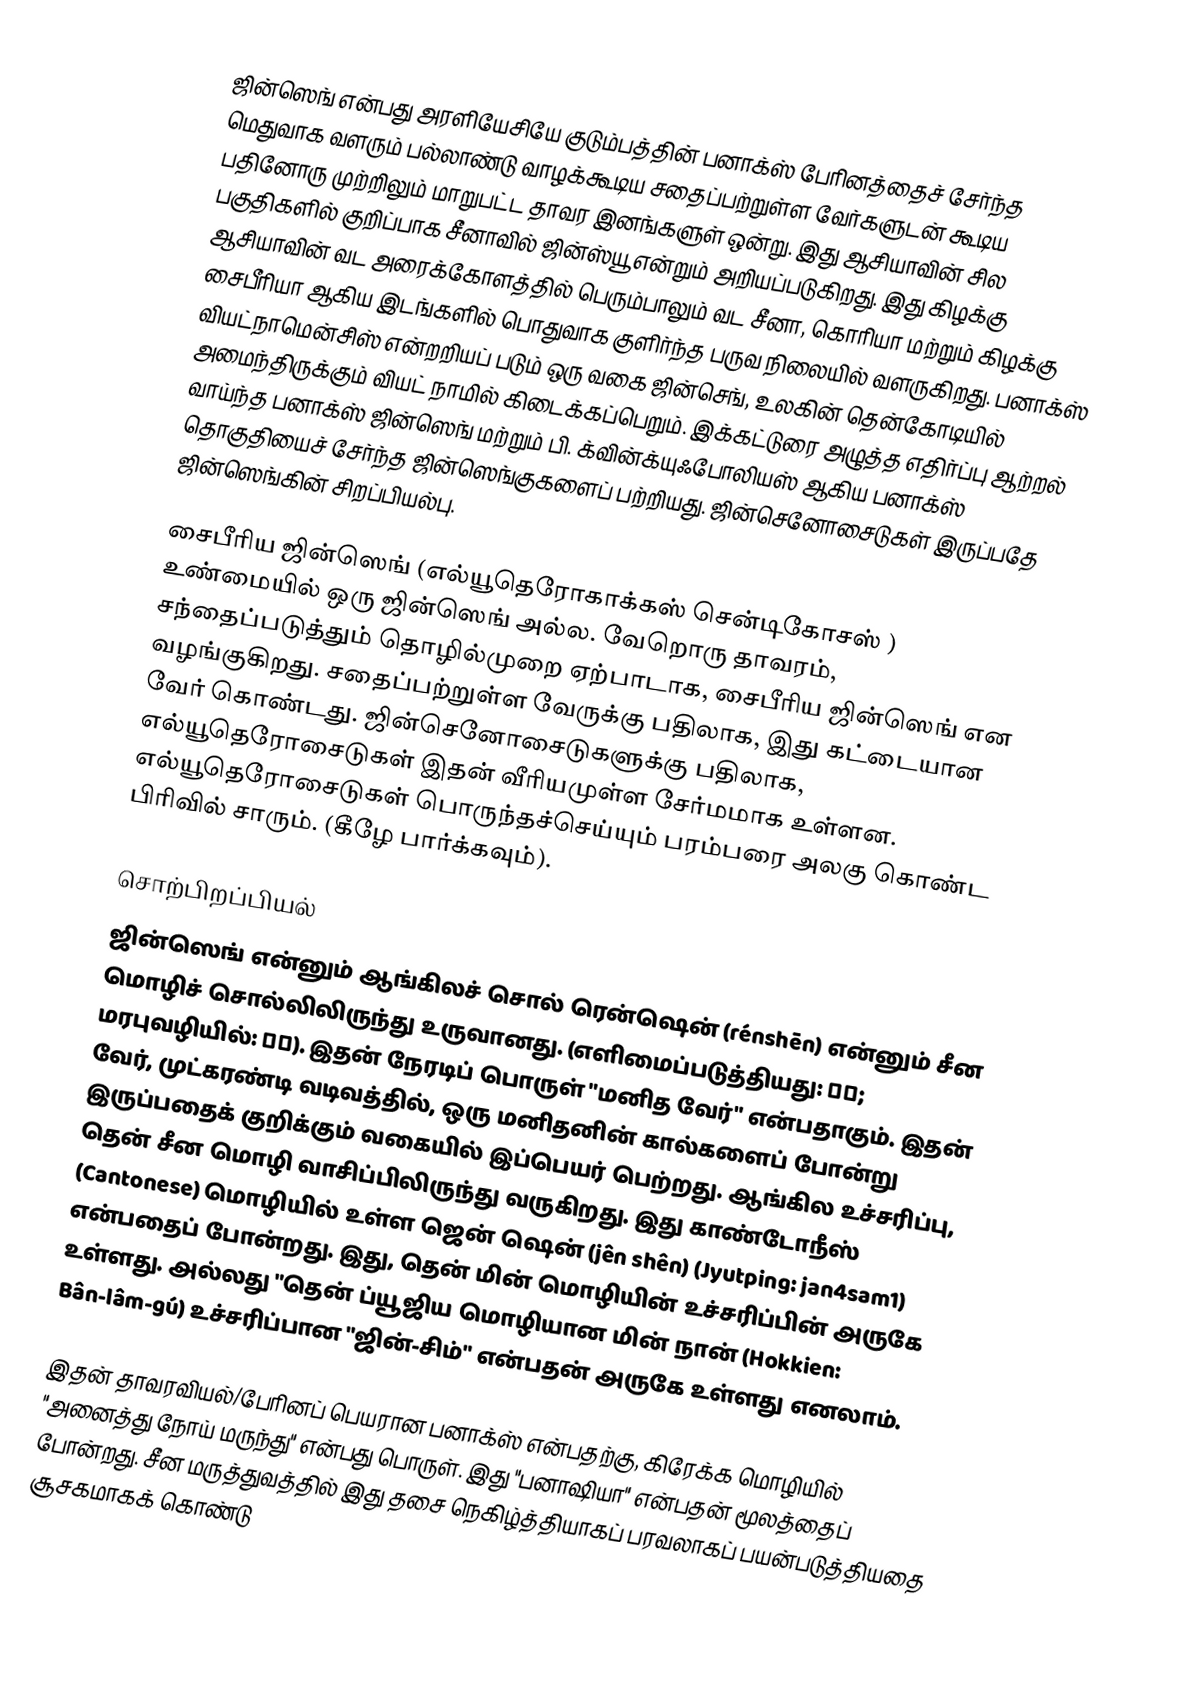
ஜின்ஸெங் என்பது அரளியேசியே குடும்பத்தின் பனாக்ஸ் பேரினத்தைச் சேர்ந்த மெதுவாக வளரும் பல்லாண்டு வாழக்கூடிய சதைப்பற்றுள்ள வேர்களுடன் கூடிய பதினோரு முற்றிலும் மாறுபட்ட தாவர இனங்களுள் ஒன்று. இது ஆசியாவின் சில பகுதிகளில் குறிப்பாக சீனாவில் ஜின்ஸ்யூ என்றும் அறியப்படுகிறது. இது கிழக்கு ஆசியாவின் வட அரைக்கோளத்தில் பெரும்பாலும் வட சீனா, கொரியா மற்றும் கிழக்கு சைபீரியா ஆகிய இடங்களில் பொதுவாக குளிர்ந்த பருவ நிலையில் வளருகிறது. பனாக்ஸ் வியட்நாமென்சிஸ் என்றறியப் படும் ஒரு வகை ஜின்செங், உலகின் தென்கோடியில் அமைந்திருக்கும் வியட் நாமில் கிடைக்கப்பெறும். இக்கட்டுரை அழுத்த எதிர்ப்பு ஆற்றல் வாய்ந்த பனாக்ஸ் ஜின்ஸெங் மற்றும் பி. க்வின்க்யுஃபோலியஸ் ஆகிய பனாக்ஸ் தொகுதியைச் சேர்ந்த ஜின்ஸெங்குகளைப் பற்றியது. ஜின்செனோசைடுகள் இருப்பதே ஜின்ஸெங்கின் சிறப்பியல்பு.

சைபீரிய ஜின்ஸெங் (எல்யூதெரோகாக்கஸ் சென்டிகோசஸ் ) உண்மையில் ஒரு ஜின்ஸெங் அல்ல. வேறொரு தாவரம், சந்தைப்படுத்தும் தொழில்முறை ஏற்பாடாக, சைபீரிய ஜின்ஸெங் என வழங்குகிறது. சதைப்பற்றுள்ள வேருக்கு பதிலாக, இது கட்டையான வேர் கொண்டது. ஜின்செனோசைடுகளுக்கு பதிலாக, எல்யூதெரோசைடுகள் இதன் வீரியமுள்ள சேர்மமாக உள்ளன. எல்யூதெரோசைடுகள் பொருந்தச்செய்யும் பரம்பரை அலகு கொண்ட பிரிவில் சாரும். (கீழே பார்க்கவும்).

சொற்பிறப்பியல்
ஜின்ஸெங் என்னும் ஆங்கிலச் சொல் ரென்ஷென் (rénshēn) என்னும் சீன மொழிச் சொல்லிலிருந்து உருவானது. (எளிமைப்படுத்தியது: 人参; மரபுவழியில்: 人蔘). இதன் நேரடிப் பொருள் "மனித வேர்" என்பதாகும். இதன் வேர், முட்கரண்டி வடிவத்தில், ஒரு மனிதனின் கால்களைப் போன்று இருப்பதைக் குறிக்கும் வகையில் இப்பெயர் பெற்றது. ஆங்கில உச்சரிப்பு, தென் சீன மொழி வாசிப்பிலிருந்து வருகிறது. இது காண்டோநீஸ் (Cantonese) மொழியில் உள்ள ஜென் ஷென் (jên shên) (Jyutping: jan4sam1) என்பதைப் போன்றது. இது, தென் மின் மொழியின் உச்சரிப்பின் அருகே உள்ளது. அல்லது "தென் ப்யூஜிய மொழியான மின் நான் (Hokkien: Bân-lâm-gú) உச்சரிப்பான "ஜின்-சிம்" என்பதன் அருகே உள்ளது எனலாம்.

இதன் தாவரவியல்/பேரினப் பெயரான பனாக்ஸ் என்பதற்கு, கிரேக்க மொழியில் "அனைத்து நோய் மருந்து" என்பது பொருள். இது "பனாஷியா" என்பதன் மூலத்தைப் போன்றது. சீன மருத்துவத்தில் இது தசை நெகிழ்த்தியாகப் பரவலாகப் பயன்படுத்தியதை சூசகமாகக் கொண்டு